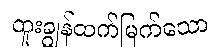
ထူးချွန်ထက်မြက်သော